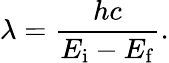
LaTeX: \lambda={\frac{hc}{E_{\mathrm{i}}-E_{\mathrm{f}}}}.